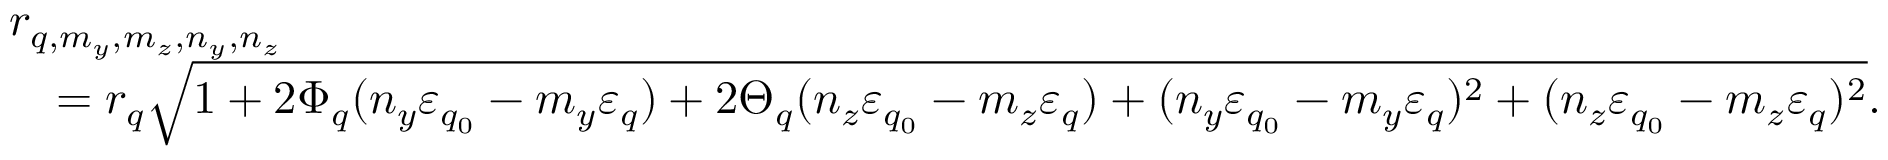
\begin{array} { r l } & { r _ { q , m _ { y } , m _ { z } , n _ { y } , n _ { z } } } \\ & { \quad = r _ { q } \sqrt { 1 + 2 \Phi _ { q } ( n _ { y } \varepsilon _ { q _ { 0 } } - m _ { y } \varepsilon _ { q } ) + 2 \Theta _ { q } ( n _ { z } \varepsilon _ { q _ { 0 } } - m _ { z } \varepsilon _ { q } ) + ( n _ { y } \varepsilon _ { q _ { 0 } } - m _ { y } \varepsilon _ { q } ) ^ { 2 } + ( n _ { z } \varepsilon _ { q _ { 0 } } - m _ { z } \varepsilon _ { q } ) ^ { 2 } } . } \end{array}